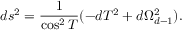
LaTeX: d s ^ { 2 } = { \frac { 1 } { \cos ^ { 2 } T } } ( - d T ^ { 2 } + d \Omega _ { d - 1 } ^ { 2 } ) .